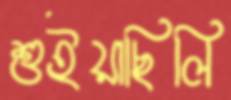
শুইয়াছিলি